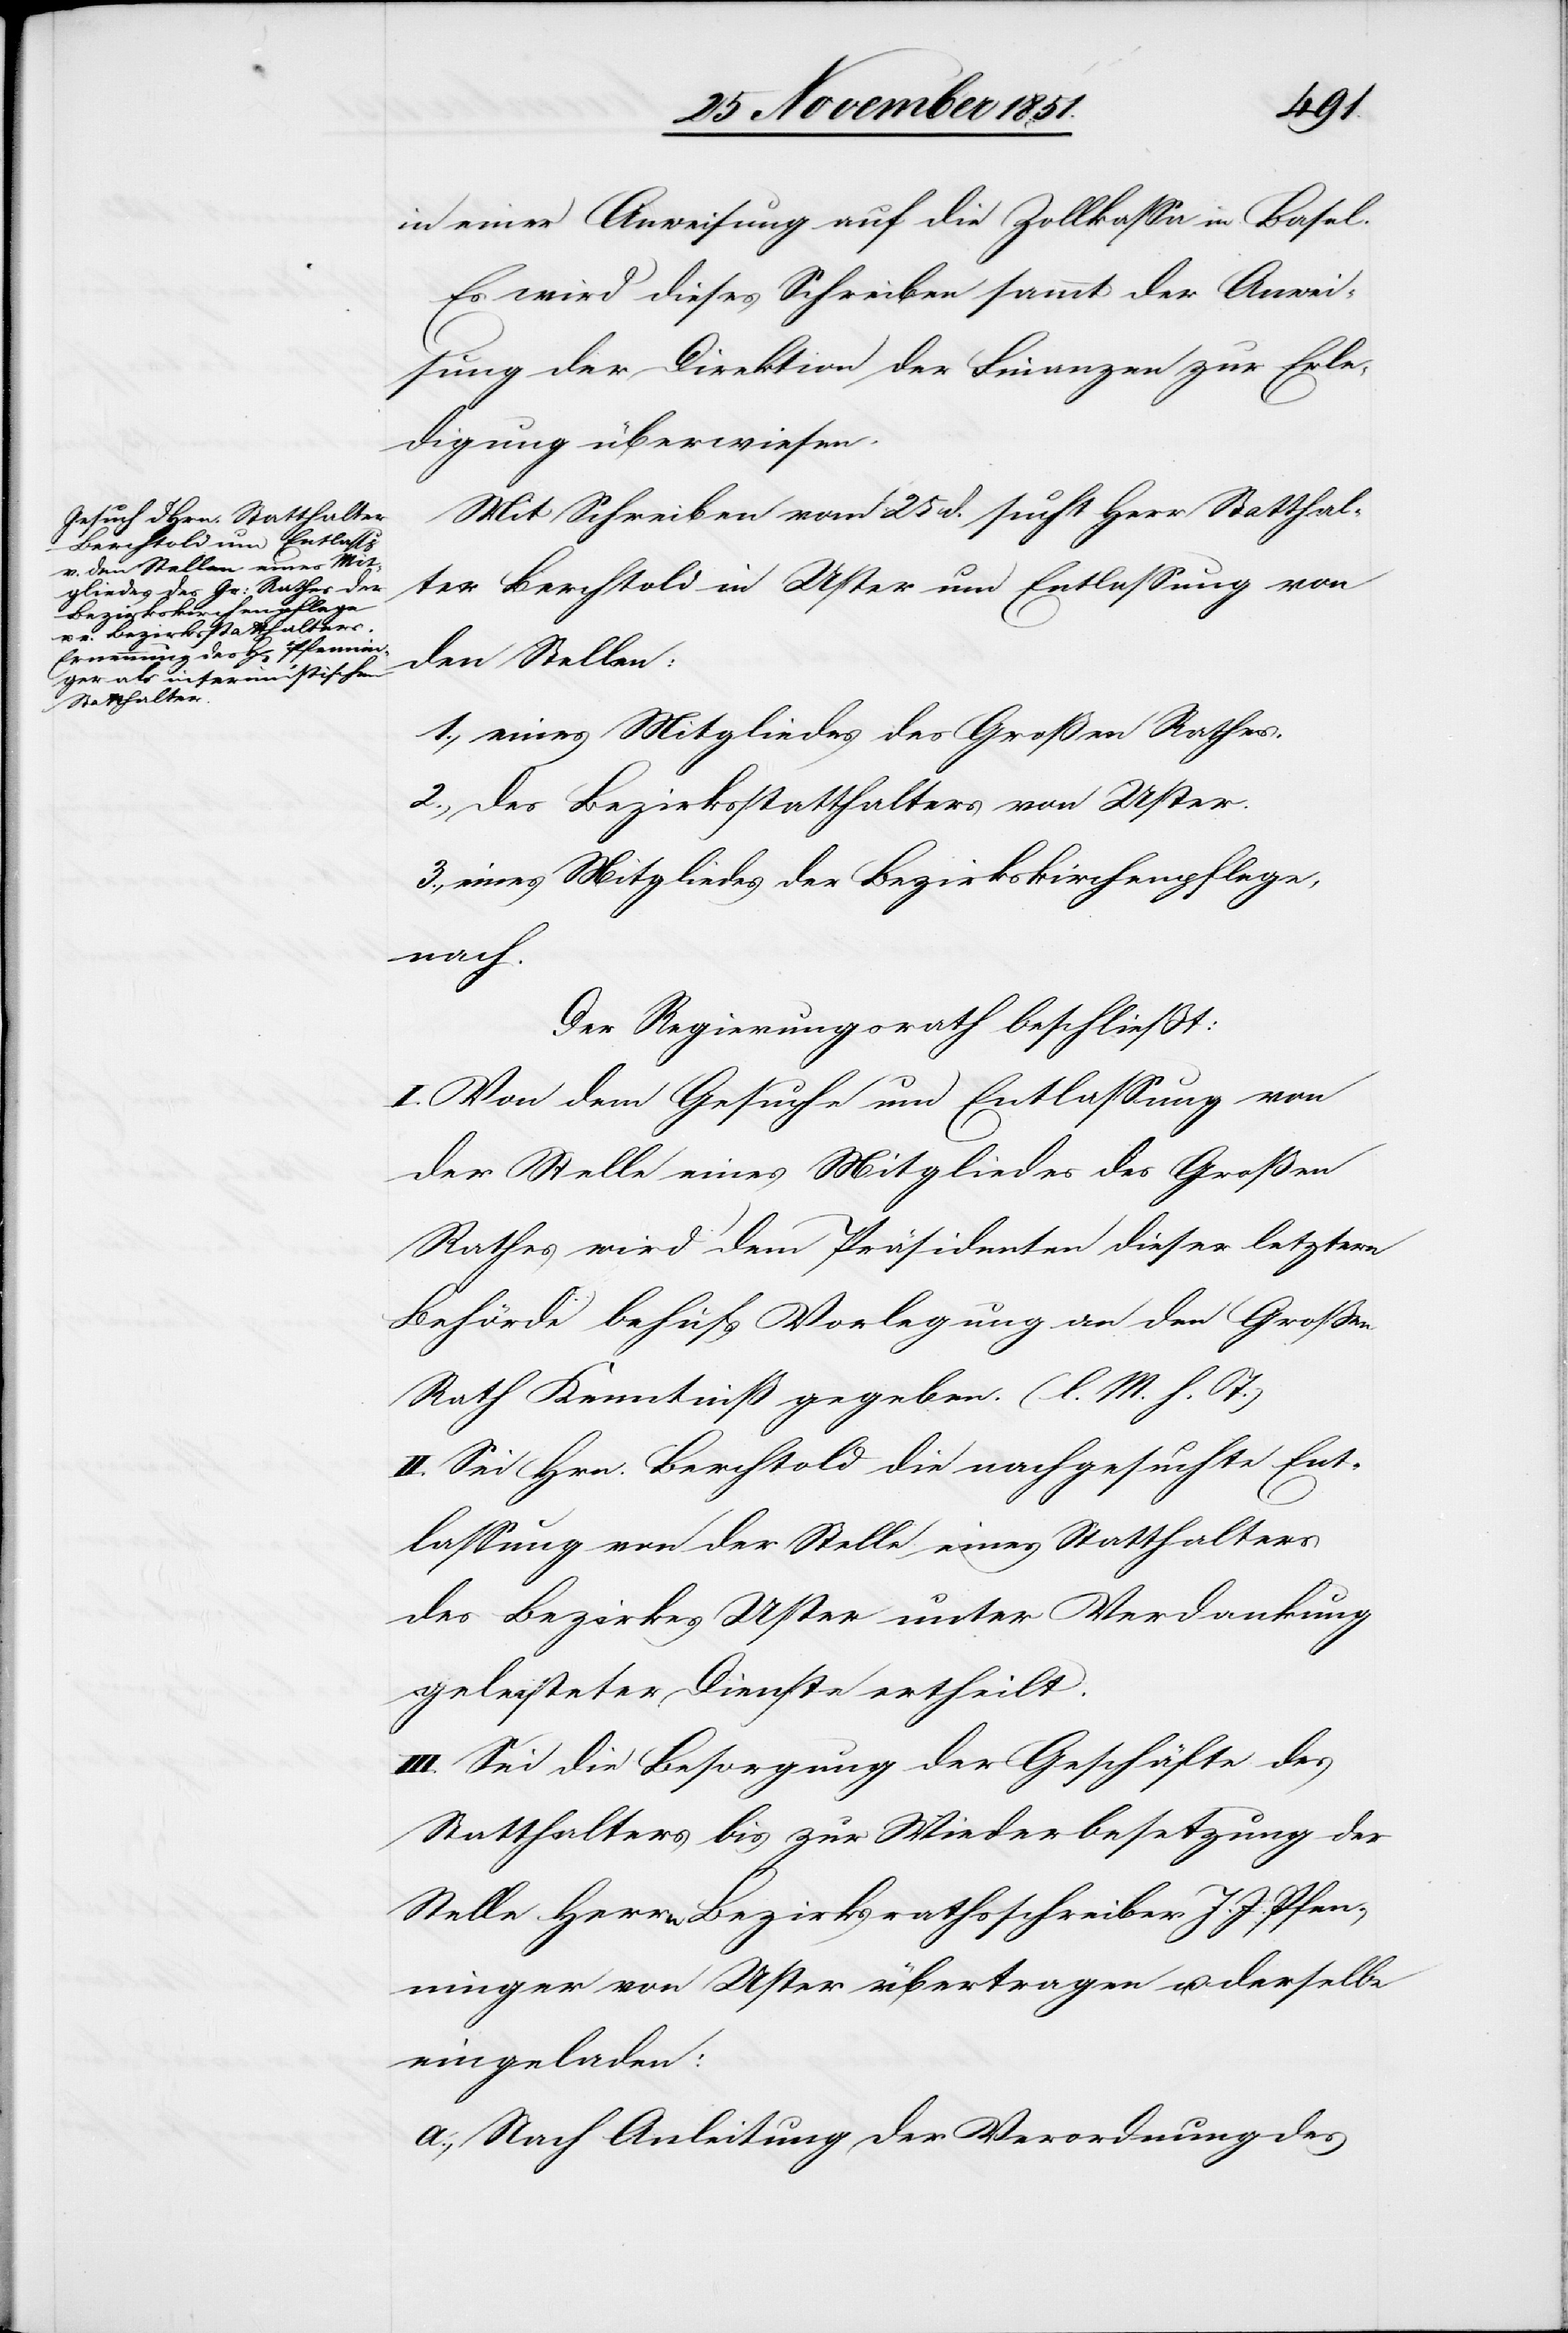
in einer Anweisung auf die Zollkassa in Basel.
Es wird dieses Schreiben sammt der Anwei¬
sung der Direktion der Finanzen zur Erle¬
digung überwiesen.
Mit Schreiben vom 25 d. sucht Herr Statthal¬
ter Berchtold in Uster um Entlassung von
den Stellen:
1., eines Mitgliedes des Großen Rathes.
2., des Bezirksstatthalters von Uster.
3., eines Mitgliedes der Bezirkskirchenpflege,
nach.
Der Regierungsrath beschließt:
I. Von dem Gesuche um Entlassung von
der Stelle eines Mitgliedes des Großen
Rathes wird dem Präsidenten dieser letztern
Behörde behufs Vorlegung an den Großen
Rath Kenntniß gegeben. (l. M. h. T.)
II. Sei Hrn. Berchtold die nachgesuchte Ent¬
lassung von der Stelle eines Statthalters
des Bezirkes Uster unter Verdankung
geleisteter Dienste ertheilt.
III. Sei die Besorgung der Geschäfte des
Statthalters bis zur Wiederbesetzung der
Stelle Herrn Bezirksrathsschreiber J. J. Pfenn¬
inger von Uster übertragen u. derselbe
eingeladen:
a., Nach Anleitung der Verordnung des